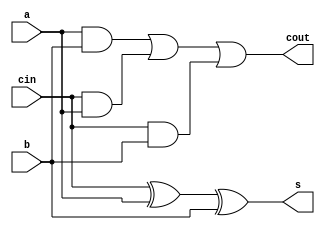
module FA(a,b,cin,s,cout);
	input a,b,cin;
	output s,cout;
	assign s=cin^a^b;
	assign cout=(a&b)|(cin&a)|(cin&b);
endmodule


module part2(a,b,c_in,s,c_out);
 input [3:0] a,b;
 input c_in;
 output [3:0] s;
 output [3:0]c_out;
 wire c1,c2,c3;

 
 FA bit0(a[0],b[0],c_in,s[0],c1);
 FA bit1(a[1],b[1],c1,s[1],c2);
 FA bit2(a[2],b[2],c2,s[2],c3);
 FA bit3(a[3],b[3],c3,s[3],c_out[3]);

assign c_out[0]=c1;
assign c_out[1]=c2;
assign c_out[2]=c3;
 
 endmodule